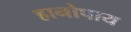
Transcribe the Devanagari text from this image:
हानोपाय